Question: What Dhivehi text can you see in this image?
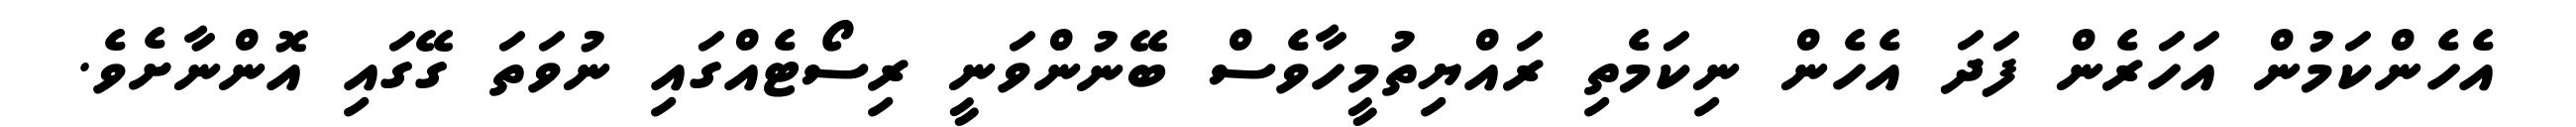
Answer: އެހެންކަމުން އަހަރެން ފަދަ އެހެން ނިކަމެތި ރައްޔިތުމީހާވެސް ބޭނުންވަނީ ރިސޯޓެއްގައި ނުވަތަ ގޭގައި އޮންނާށެވެ.